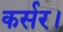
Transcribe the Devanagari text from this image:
कर्सर।